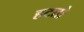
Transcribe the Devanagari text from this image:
हटतो